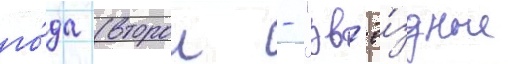
го́да (второи - "зв'ё́здные